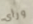
ورأى